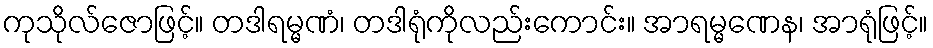
ကုသိုလ်ဇောဖြင့်။ တဒါရမ္မဏံ၊ တဒါရုံကိုလည်းကောင်း။ အာရမ္မဏေန၊ အာရုံဖြင့်။